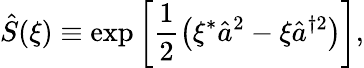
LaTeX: \hat{S}(\xi)\equiv\exp\left[\frac{1}{2}\left(\xi^{*}\hat{a}^{2}-\xi\hat{a}^{\dagger 2}\right)\right],